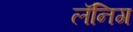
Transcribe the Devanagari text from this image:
लॅनिग